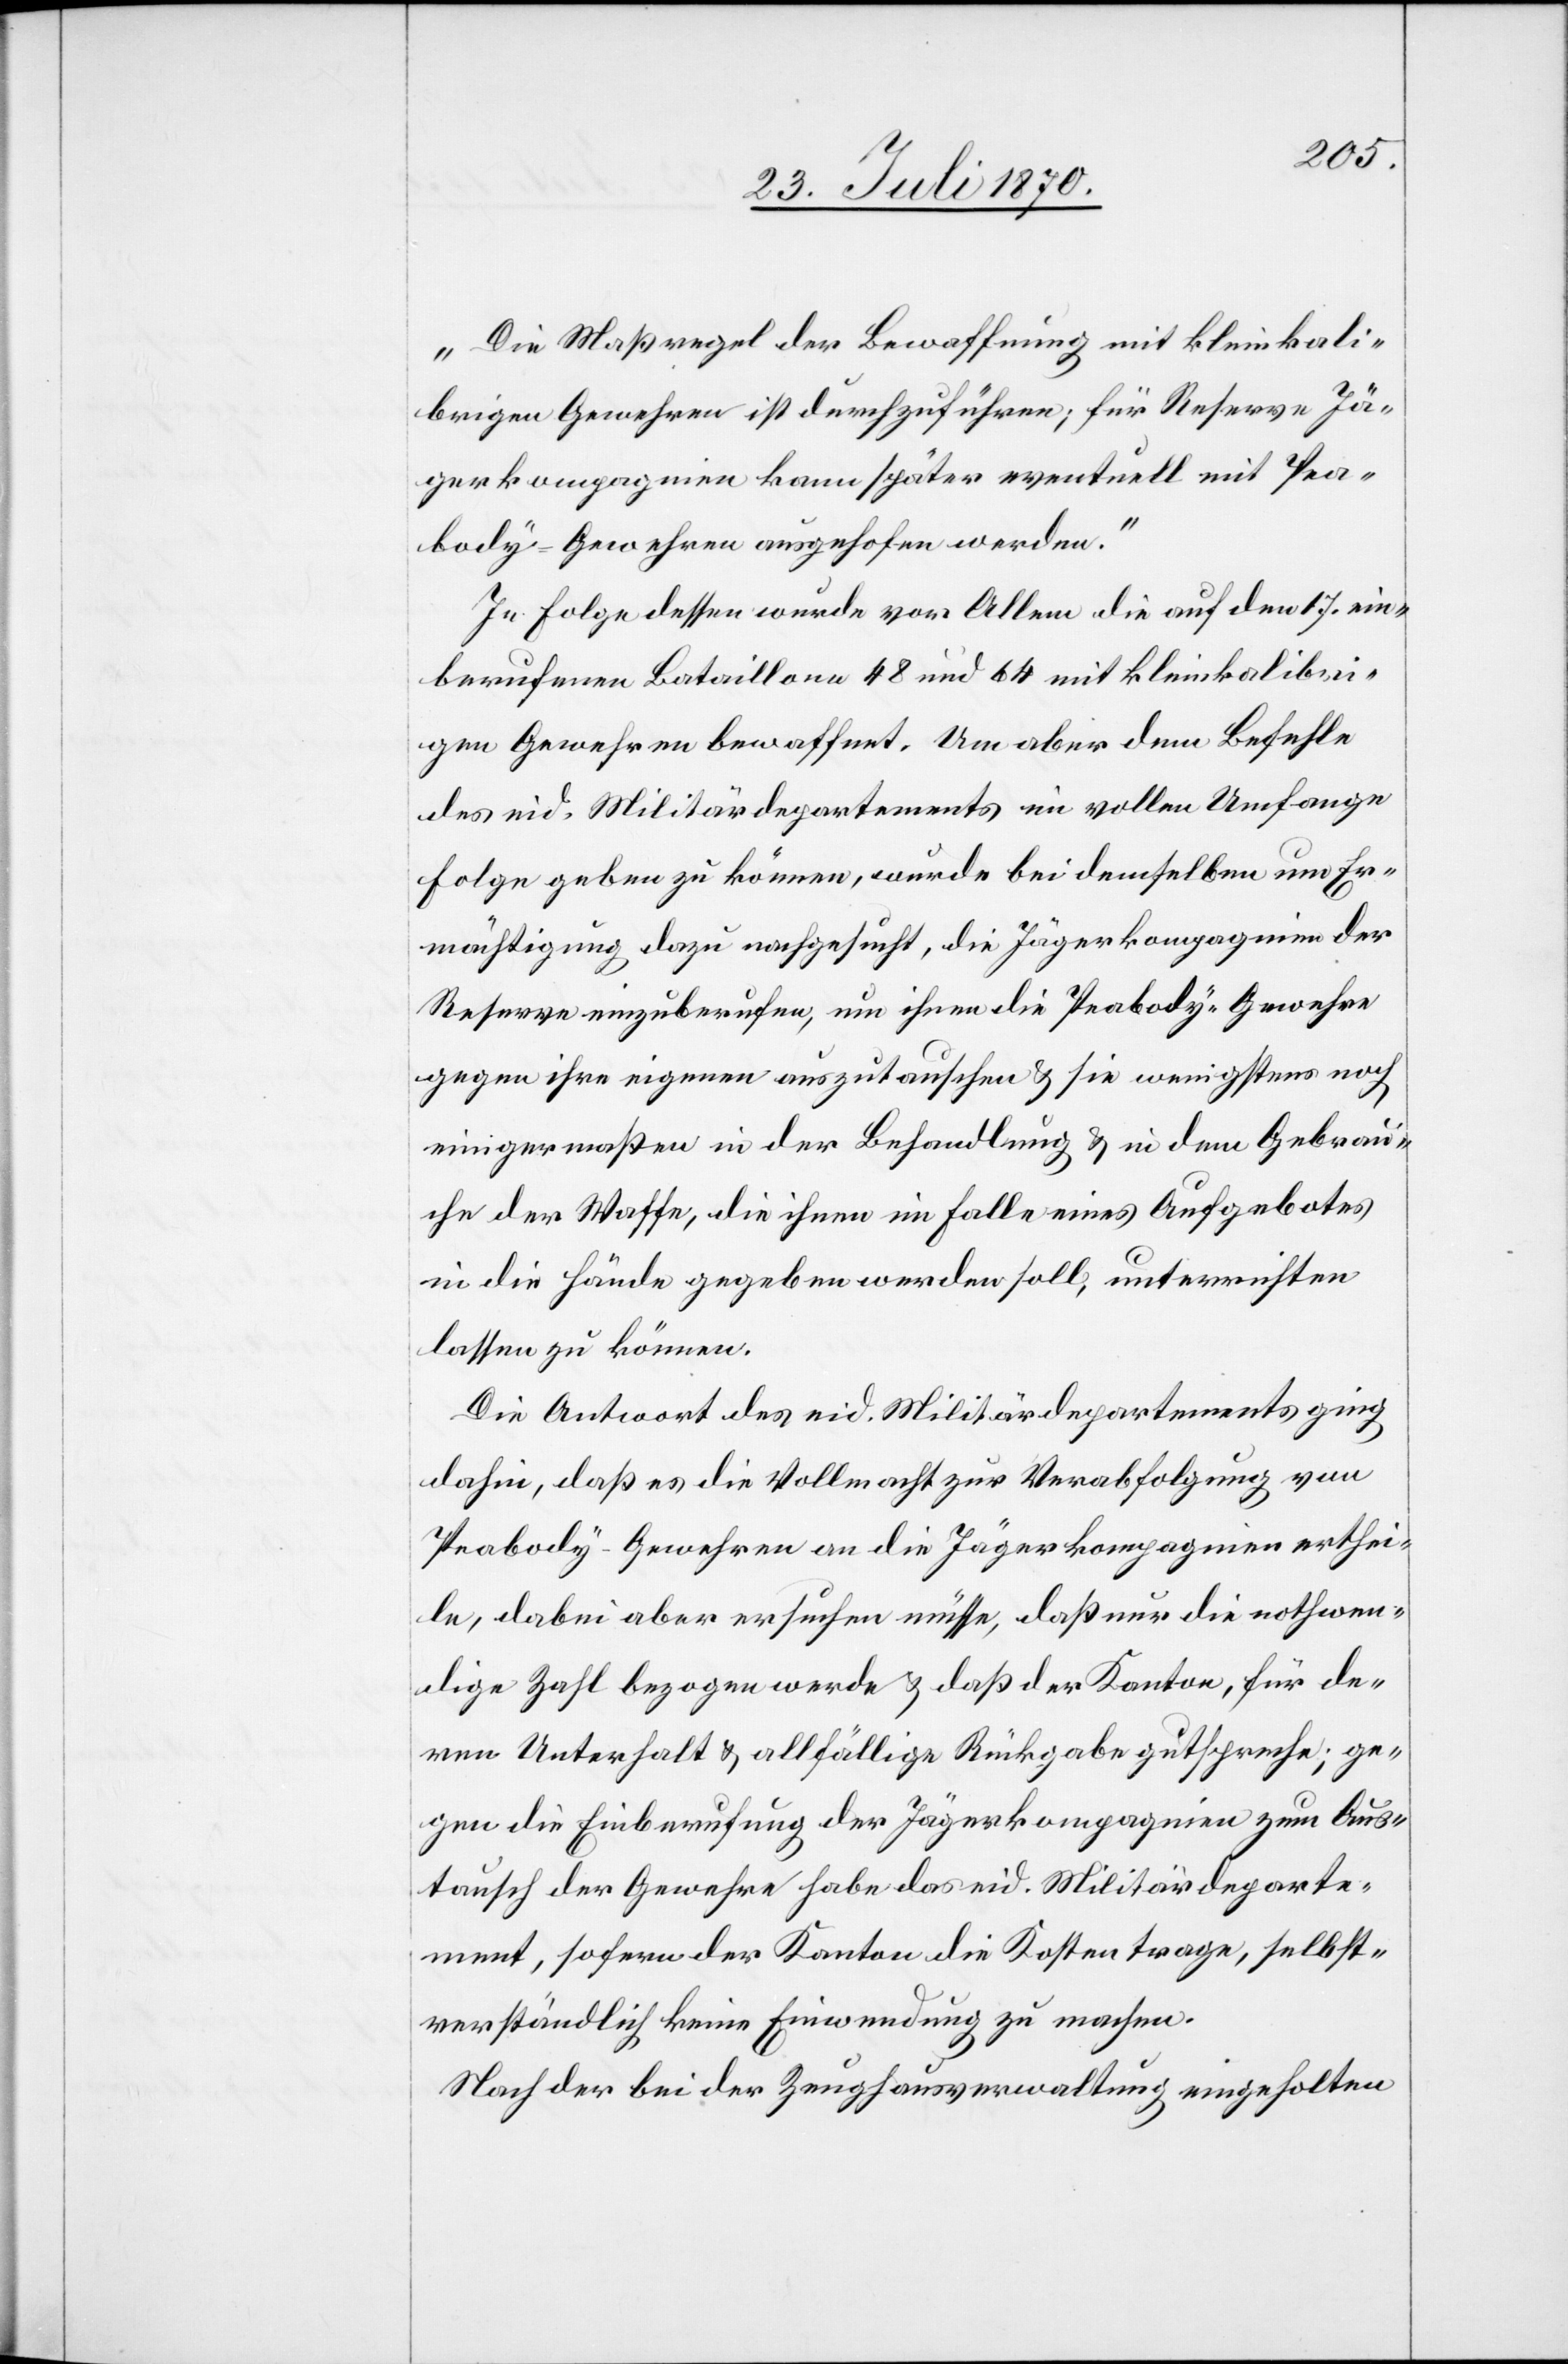
„Die Maßregel der Bewaffnung mit kleinkali¬
brigen Gewehren ist durchzuführen; für Reserve Jä¬
gerkompagnien kann später eventuell mit Pea¬
body-Gewehren ausgeholfen werden.“
In Folge dessen wurde[n] vor Allem die auf den 17. ein¬
berufenen Bataillone 48 und 64 mit kleinkalibri¬
gen Gewehren bewaffnet. Um aber dem Befehle
des eid. Militärdepartements im vollen Umfange
Folge geben zu können, wurde bei demselben um Er¬
mächtigung dazu nachgesucht, die Jägerkompagnien der
Reserve einzuberufen, um ihnen die Peabody-Gewehre
gegen ihre eigenen auszutauschen & sie wenigstens noch
einigermaßen in der Behandlung & in dem Grabrau¬
che der Waffe, die ihnen im Falle eines Aufgebotes
in die Hände gegeben werden soll, unterrichten
lassen zu können.
Die Antwort des eid. Militärdepartements ging
dahin, daß es die Vollmacht zur Verabfolgung von
Peabody-Gewehren an die Jägerkompagnien erthei¬
le, dabei aber ersuchen müsse, daß nur die nothwen¬
dige Zahl bezogen werde & daß der Kanton, für de¬
ren Unterhalt & allfällige Rückgabe gutspreche; ge¬
ment, sofern der Kanton die Kosten trage, selbst¬
verständlich keine Einwendung zu machen.
Nach der bei der Zeughausverwaltung eingeholten

eparte¬